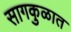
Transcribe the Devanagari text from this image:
सागकुळात